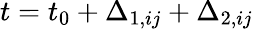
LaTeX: t=t_{0}+\Delta_{1,ij}+\Delta_{2,ij}